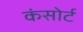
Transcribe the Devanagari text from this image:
कंसोर्ट